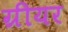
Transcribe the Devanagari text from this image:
ग्रीयर